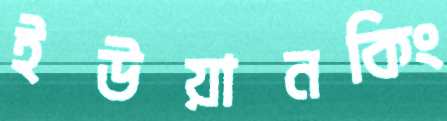
ইউয়ানকিং